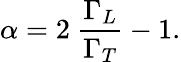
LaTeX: \alpha=2~\frac{\Gamma_{L}}{\Gamma_{T}}-1.